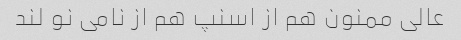
عالی ممنون هم از اسنپ هم از نامی نو لند